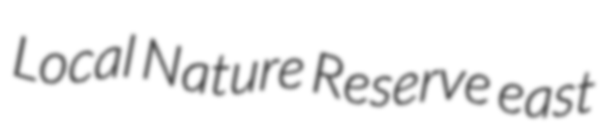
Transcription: Local Nature Reserve east